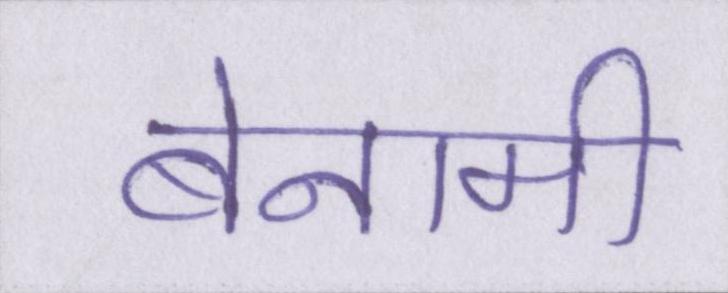
बेनामी